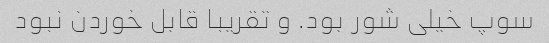
سوپ خیلی شور بود. و تقریبا قابل خوردن نبود